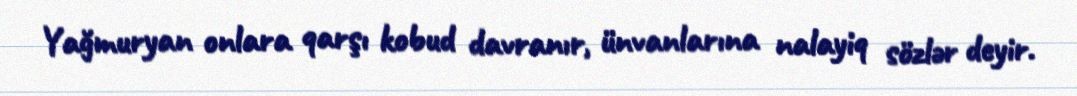
Yağmuryan onlara qarşı kobud davranır, ünvanlarına nalayiq sözlər deyir.